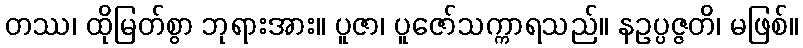
တဿ၊ ထိုမြတ်စွာ ဘုရားအား။ ပူဇာ၊ ပူဇော်သက္ကာရသည်။ နဥပ္ပဇ္ဇတိ၊ မဖြစ်။